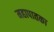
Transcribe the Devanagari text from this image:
महापातका